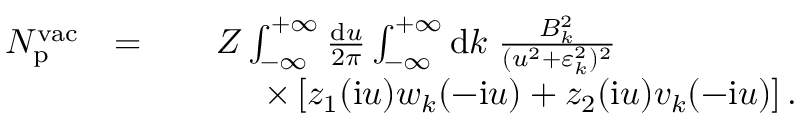
\begin{array} { r l r } { N _ { \mathrm { p } } ^ { \mathrm { v a c } } } & { = } & { Z \int _ { - \infty } ^ { + \infty } \frac { \ensuremath { \mathrm { d } } u } { 2 \pi } \int _ { - \infty } ^ { + \infty } \ensuremath { \mathrm { d } } k \; \frac { B _ { k } ^ { 2 } } { ( u ^ { 2 } + \varepsilon _ { k } ^ { 2 } ) ^ { 2 } } \phantom { x x x x x x x x x } } \\ & { } & { \; \; \; \; \; \; \; \; \; \times \left[ z _ { 1 } ( \ensuremath { \mathrm { i } } u ) w _ { k } ( - \ensuremath { \mathrm { i } } u ) + z _ { 2 } ( \ensuremath { \mathrm { i } } u ) v _ { k } ( - \ensuremath { \mathrm { i } } u ) \right] . } \end{array}